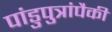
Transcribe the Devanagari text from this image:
पांडुपुत्रांपैकी